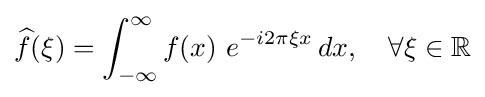
{\widehat {f}}(\xi )=\int _{-\infty }^{\infty }f(x)\ e^{-i2\pi \xi x}\,dx,\quad \forall \xi \in \mathbb {R}